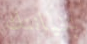
بخيانتك